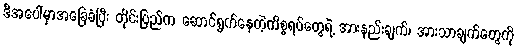
ဒီအပေါ်မှာအခြေခံပြီး တိုင်းပြည်က ဆောင်ရွက်နေတဲ့ကိစ္စရပ်တွေရဲ့ အားနည်းချက်၊ အားသာချက်တွေကို